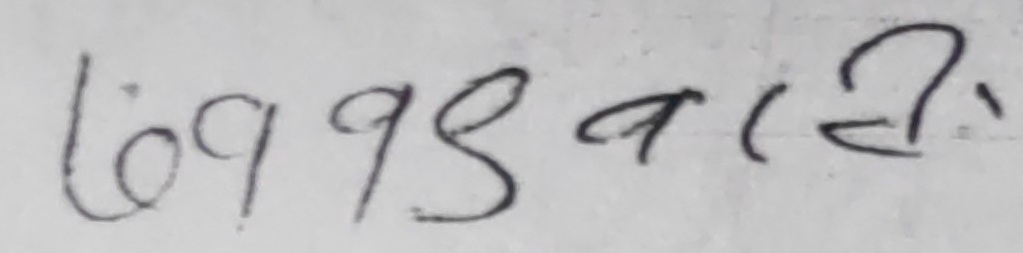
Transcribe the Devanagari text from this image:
७०९९८ वादी